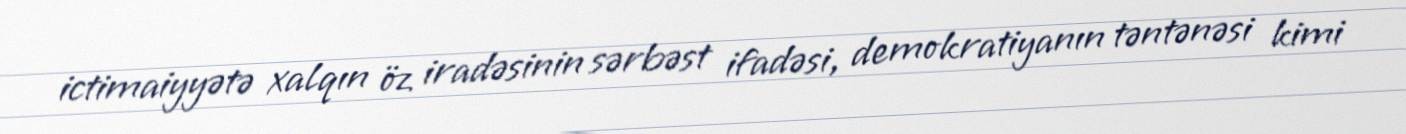
ictimaiyyətə xalqın öz iradəsinin sərbəst ifadəsi, demokratiyanın təntənəsi kimi